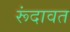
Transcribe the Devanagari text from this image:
रूंदावत